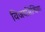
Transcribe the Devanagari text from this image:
विजयसिन्धिया